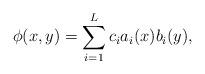
LaTeX: \begin{align*}\phi(x,y)=\sum_{i=1}^L c_i a_i(x)b_i(y),\end{align*}